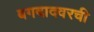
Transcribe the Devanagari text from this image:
बगदादवरची